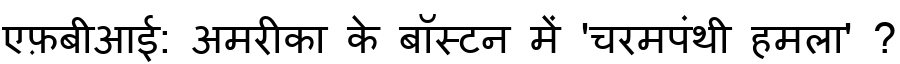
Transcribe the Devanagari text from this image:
एफ़बीआई: अमरीका के बॉस्टन में 'चरमपंथी हमला' ?